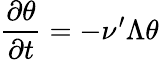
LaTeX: \frac{\partial\theta}{\partial t}=-\nu^{\prime}\Lambda\theta